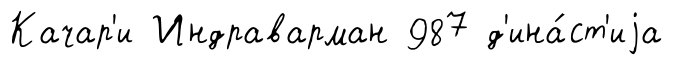
Качар'и Индраварман 987 д'ина́ст'иjа